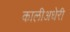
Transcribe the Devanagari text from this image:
कालीअधेरी